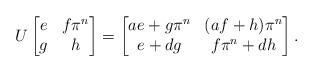
LaTeX: \begin{align*} U \begin{bmatrix} e & f\pi^n \\ g & h \end{bmatrix} = \begin{bmatrix} ae + g\pi^n & (af+h)\pi^n \\ e+dg & f\pi^n + dh \end{bmatrix}. \end{align*}